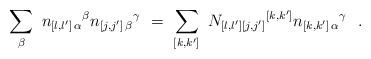
LaTeX: \begin{align*}\sum_{\beta }\ n_{[l,l']\, \alpha }{}^{\beta } n_{[j,j']\, \beta}{}^{\gamma } \ =\ \sum_{[k,k']}\ N_{[l,l'][j,j']}{}^{[k,k']} n_{[k,k']\, \alpha}{}^{\gamma }\ \ .\end{align*}